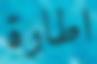
اطارة